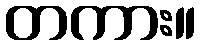
တကား။